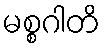
မစ္စဂါတိ